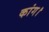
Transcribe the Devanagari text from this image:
कांग।